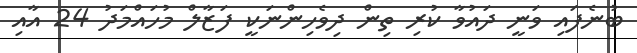
ބުނެފައި ވަނީ ދައުވާ ކުރި ތިން ދިވެހިންނަކީ ފަޒާލް މުހައްމަދު 24 އާއި